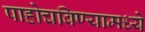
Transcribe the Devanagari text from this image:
पाहोचविण्यामध्ये